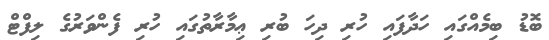
ބޮޑު ބިމެއްގައި ހަދާފައި ހުރި ދިހަ ބުރި ޢިމާރާތުގައި ހުރި ފެންވަރުގެ ލިފްޓް